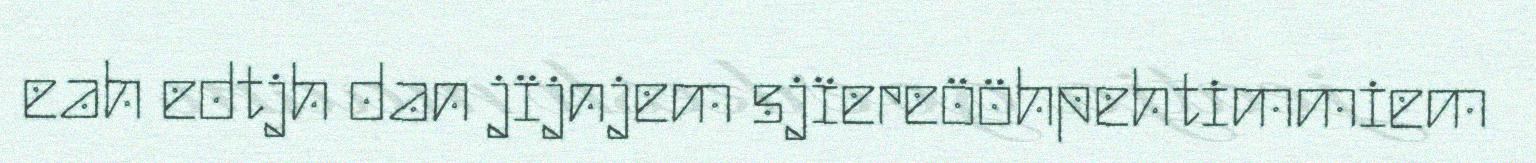
eah edtjh dan jïjnjem sjïereööhpehtimmiem